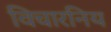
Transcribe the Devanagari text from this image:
विचारनिय